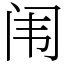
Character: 闱